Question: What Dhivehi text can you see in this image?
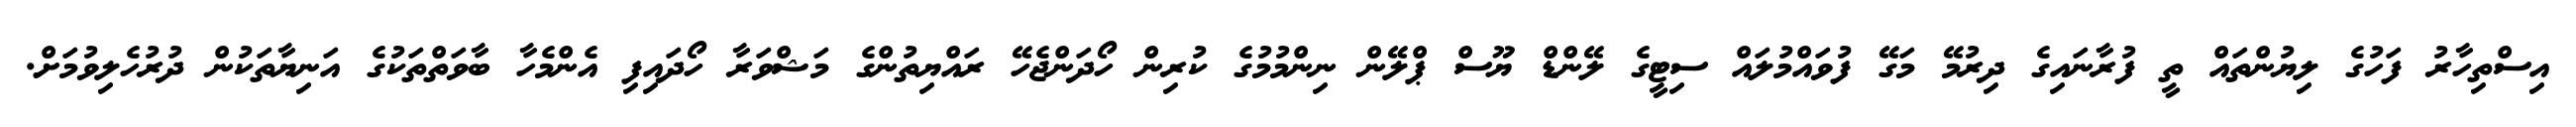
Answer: އިސްތިހާރު ފަހުގެ ލިޔުންތައް ތީ ފުރާނައިގެ ދިރުމޭ މަގޭ ފުވައްމުލައް ސިޓީގެ ލޭންޑް ޔޫސް ޕްލޭން ނިންމުމުގެ ކުރިން ހޯދަންޖެހޭ ރައްޔިތުންގެ މަޝްވަރާ ހޯދައިފި އެންމެހާ ބާވަތްތަކުގެ އަނިޔާތަކުން ދުރުހެލިވުމަށް.